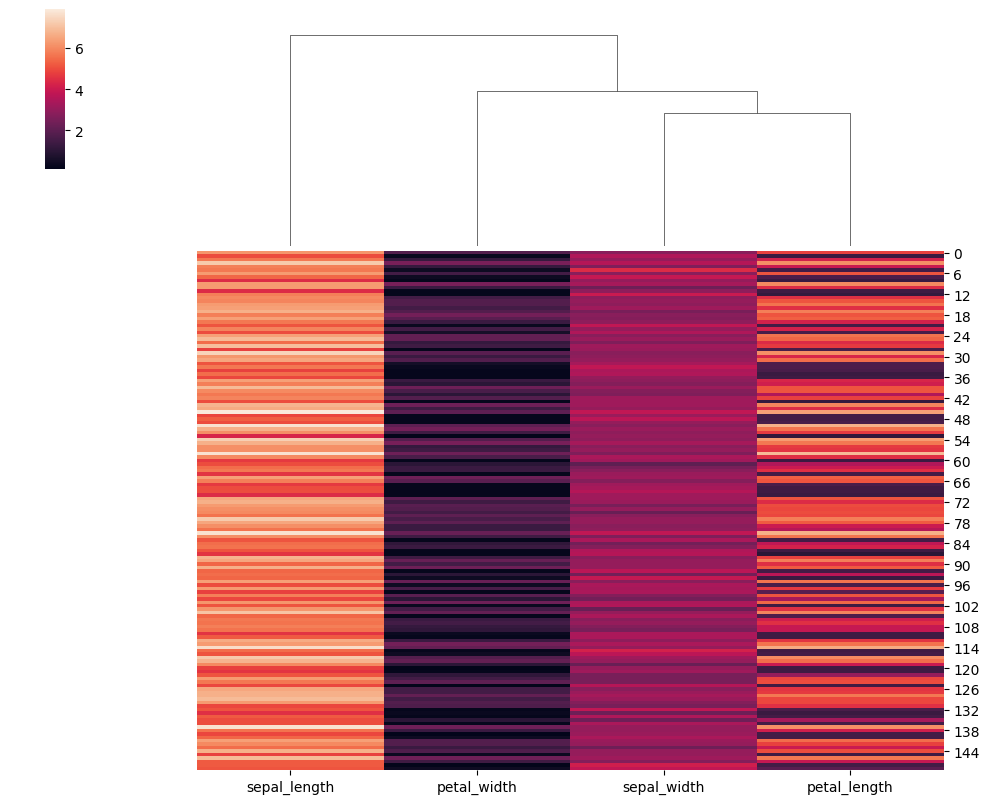
python, seaborn, clustermap, figsize=(10, 8), row_cluster=False, dendrogram_ratio=(0.2, 0.3), cbar_pos=(0.05, 0.8, 0.02, 0.2)